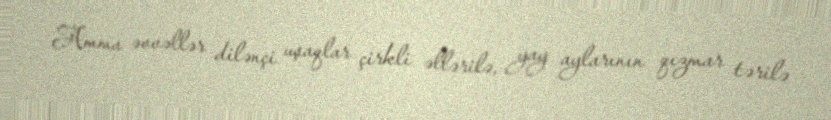
Amma əvvəllər dilənçi uşaqlar çirkli əllərilə, yay aylarının qızmar tərilə